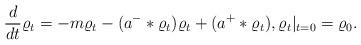
LaTeX: \begin{align*} \frac{d}{dt}\varrho_t = - m \varrho_t - ( a^{-}\ast \varrho_t )\varrho_t + (a^{+}\ast \varrho_t ), \varrho_t|_{t=0} = \varrho_0.\end{align*}